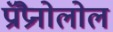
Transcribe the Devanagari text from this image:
प्रॉप्रैनोलोल